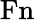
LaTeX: \mathrm{Fn}